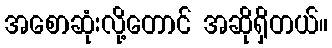
အစောဆုံးလို့တောင် အဆိုရှိတယ်။